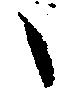
々